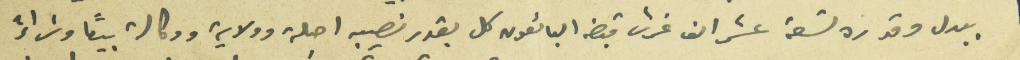
ببدل وقدره تسعة عشر الف غرش قبضه البائعون كل بقدر نصيبه اصالة وولاية ووكالة بيعاً وشراءً